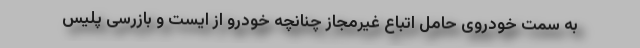
به سمت خودروی حامل اتباع غیرمجاز چنانچه خودرو از ایست و بازرسی پلیس